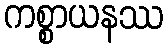
ကစ္စာယနဿ